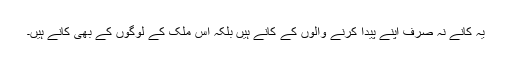
یہ کانے نہ صرف اپنے پیدا کرنے والوں کے کانے ہیں بلکہ اس ملک کے لوگوں کے بھی کانے ہیں۔